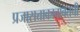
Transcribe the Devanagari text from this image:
प्रजासत्ताकाबाबतची